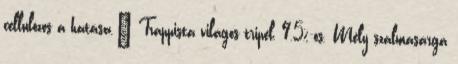
cellulózos a hatása." Trappista világos tripel, 9,5%-os. Mély szalmasárga